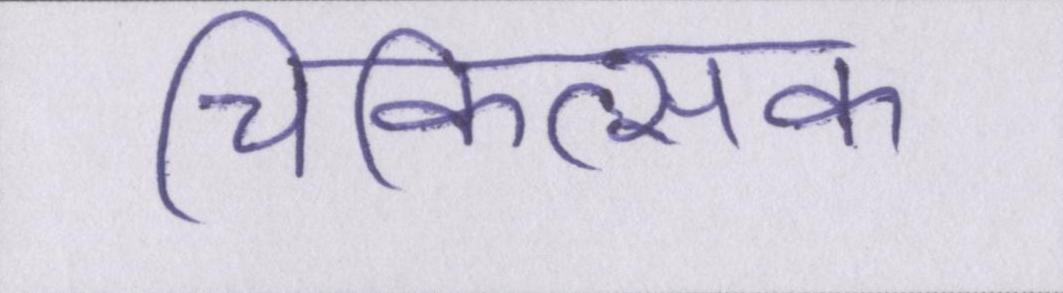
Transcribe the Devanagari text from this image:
चिकित्सक